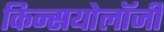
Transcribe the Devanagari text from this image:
किन्सयोलॉजी